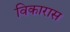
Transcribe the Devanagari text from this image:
विकारास